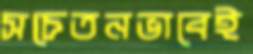
সচেতনভাবেই